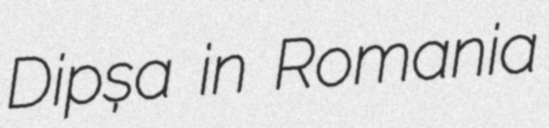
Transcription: Dipșa in Romania